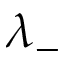
\lambda _ { - }